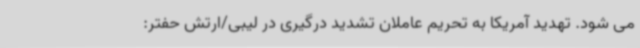
می شود. تهدید آمریکا به تحریم عاملان تشدید درگیری در لیبی/ارتش حفتر: